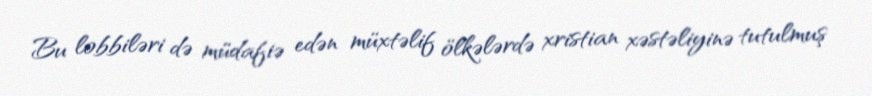
Bu lobbiləri də müdafiə edən müxtəlif ölkələrdə xristian xəstəliyinə tutulmuş